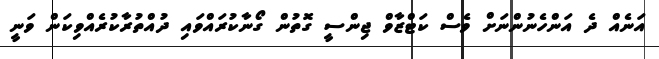
އަނެއް ދެ އަންހެނުންނަށް ވެސް ކަޓްޒާވް ޖިންސީ ގޮތުން ގޯނާކުރައްވައި ދުއްތުރާކުރެއްވިކަން ވަނީ